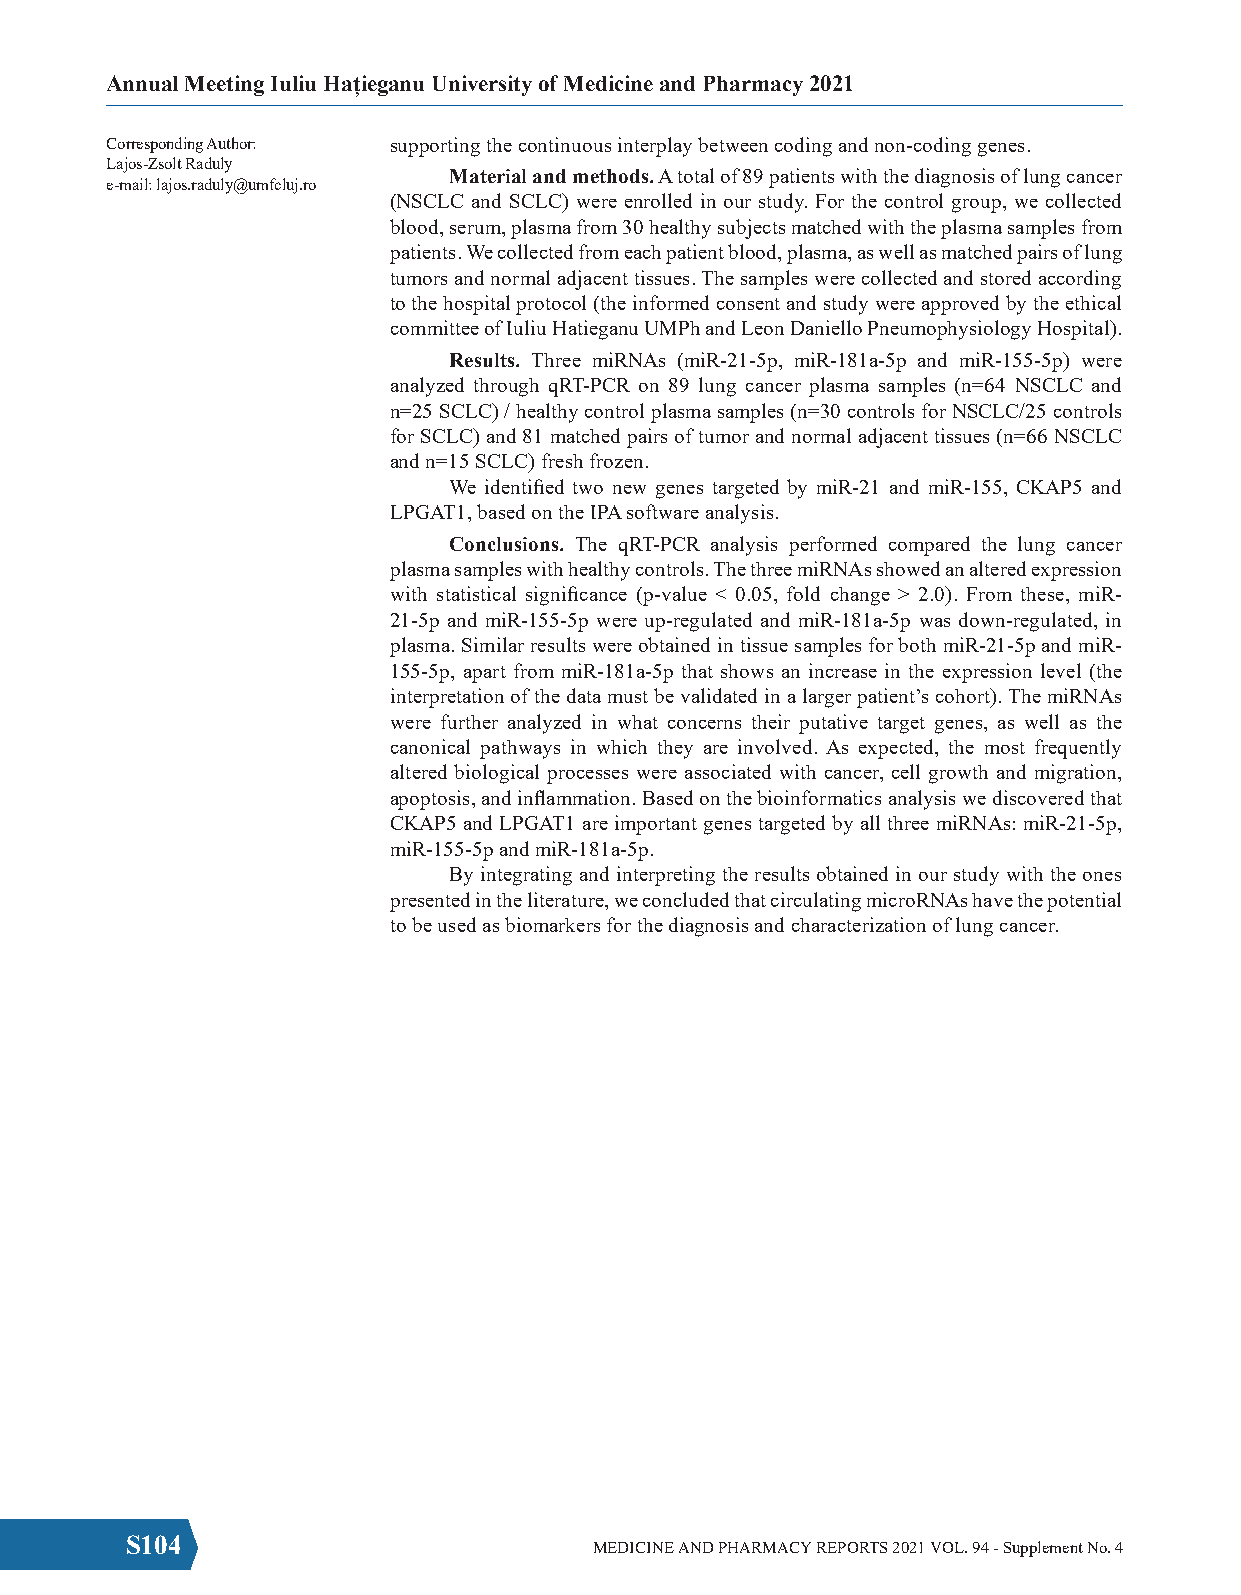
Annual Meeting Iuliu Hațieganu University of Medicine and Pharmacy 2021
 Corresponding Author: supporting the continuous interplay between coding and non-coding genes.
 Lajos-Zsolt Raduly
 Material and methods. A total of 89 patients with the diagnosis of lung cancer
 e-mail: lajos.raduly@umfcluj.ro
 (NSCLC and SCLC) were enrolled in our study. For the control group, we collected
 blood, serum, plasma from 30 healthy subjects matched with the plasma samples from
 patients. We collected from each patient blood, plasma, as well as matched pairs of lung
 tumors and normal adjacent tissues. The samples were collected and stored according
 to the hospital protocol (the informed consent and study were approved by the ethical
 committee of Iuliu Hatieganu UMPh and Leon Daniello Pneumophysiology Hospital).
 Results. Three miRNAs (miR-21-5p, miR-181a-5p and miR-155-5p) were
 analyzed through qRT-PCR on 89 lung cancer plasma samples (n=64 NSCLC and
 n=25 SCLC) / healthy control plasma samples (n=30 controls for NSCLC/25 controls
 for SCLC) and 81 matched pairs of tumor and normal adjacent tissues (n=66 NSCLC
 and n=15 SCLC) fresh frozen.
 We identified two new genes targeted by miR-21 and miR-155, CKAP5 and
 LPGAT1, based on the IPA software analysis.
 Conclusions. The qRT-PCR analysis performed compared the lung cancer
 plasma samples with healthy controls. The three miRNAs showed an altered expression
 with statistical significance (p-value < 0.05, fold change > 2.0). From these, miR-
 21-5p and miR-155-5p were up-regulated and miR-181a-5p was down-regulated, in
 plasma. Similar results were obtained in tissue samples for both miR-21-5p and miR-
 155-5p, apart from miR-181a-5p that shows an increase in the expression level (the
 interpretation of the data must be validated in a larger patient’s cohort). The miRNAs
 were further analyzed in what concerns their putative target genes, as well as the
 canonical pathways in which they are involved. As expected, the most frequently
 altered biological processes were associated with cancer, cell growth and migration,
 apoptosis, and inflammation. Based on the bioinformatics analysis we discovered that
 CKAP5 and LPGAT1 are important genes targeted by all three miRNAs: miR-21-5p,
 miR-155-5p and miR-181a-5p.
 By integrating and interpreting the results obtained in our study with the ones
 presented in the literature, we concluded that circulating microRNAs have the potential
 to be used as biomarkers for the diagnosis and characterization of lung cancer.
 S104                           MEDICINE AND PHARMACY REPORTS 2021 VOL. 94 - Supplement No. 4